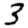
Digit: 3